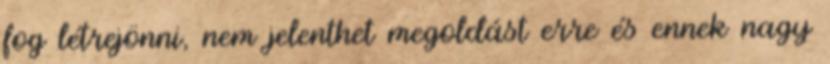
fog létrejönni, nem jelenthet megoldást erre és ennek nagy